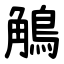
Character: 鵤